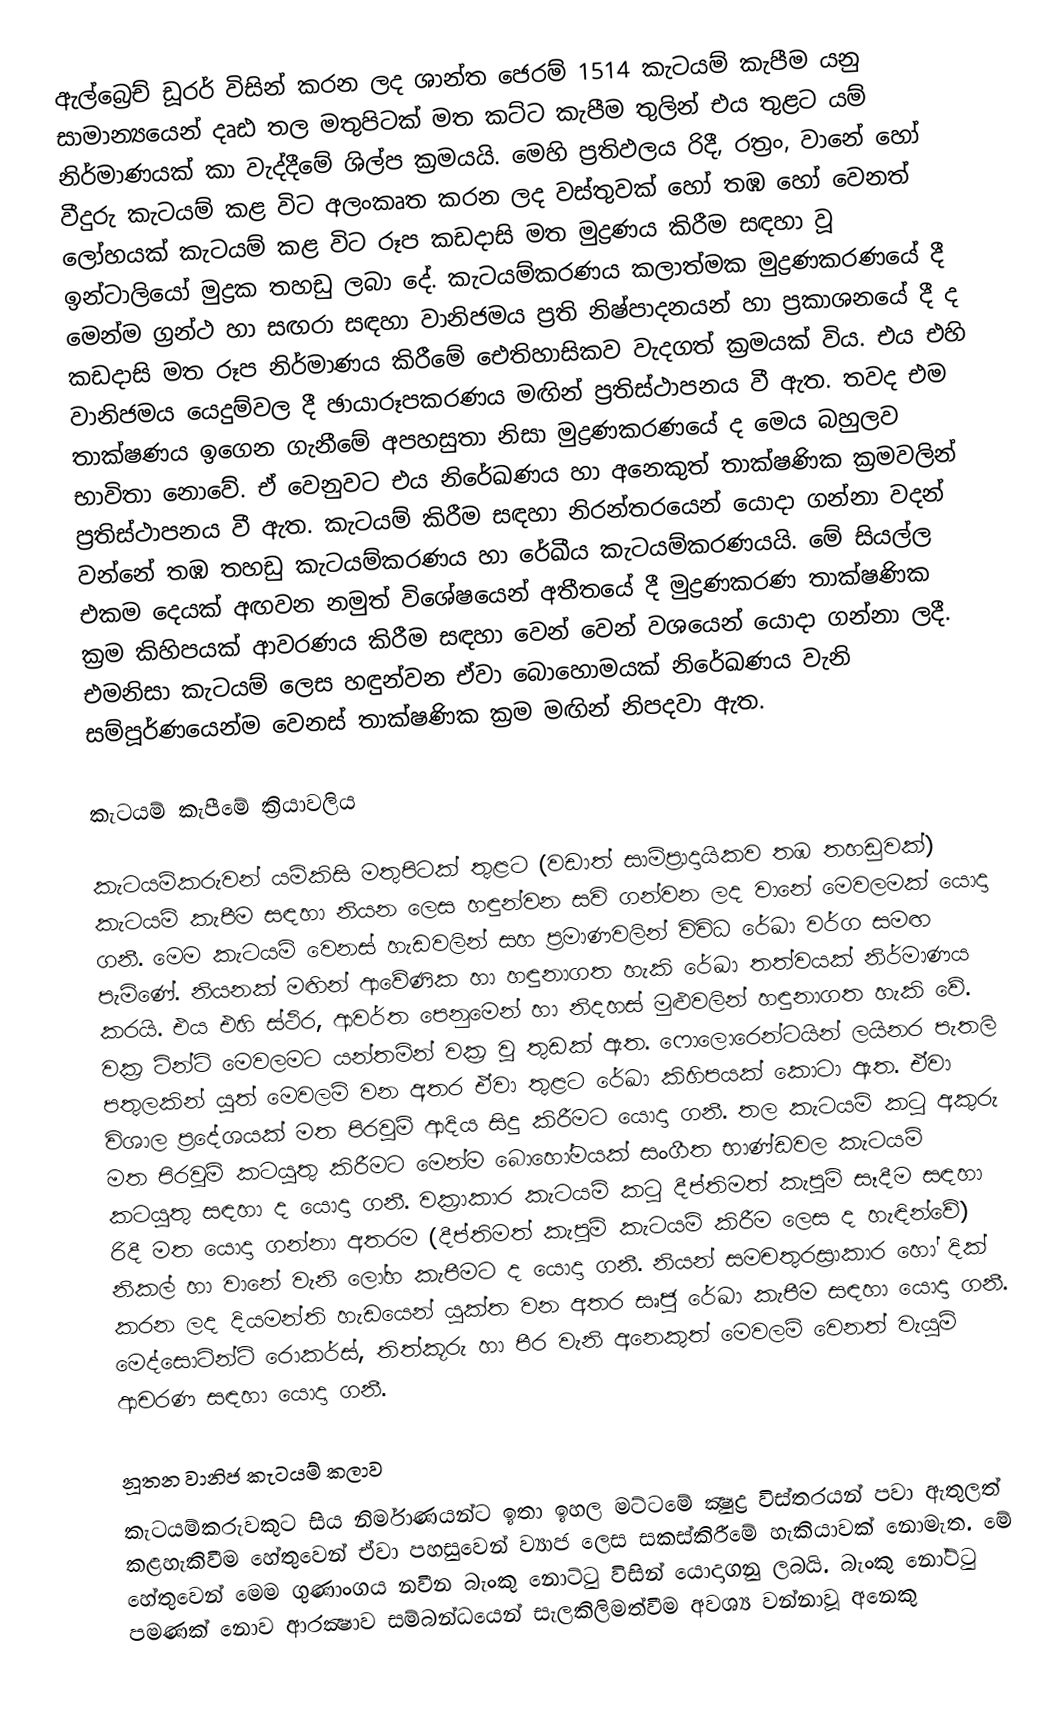
ඇල්බ්‍රෙච් ඩූරර් විසින් කරන ලද ශාන්ත ජෙරම් 1514  කැටයම් කැපීම යනු සාමාන්‍යයෙන් දෘඪ තල මතුපිටක් මත කට්ට කැපීම තුලින් එය තුළට යම් නිර්මාණයක් කා වැද්දීමේ ශිල්ප ක්‍රමයයි. මෙහි ප්‍රතිඵලය රිදී, රත්‍රං, වානේ හෝ වීදුරු කැටයම් කළ විට අලංකෘත කරන ලද වස්තුවක් හෝ තඹ හෝ වෙනත් ලෝහයක් කැටයම් කළ විට රූප කඩදාසි මත මුද්‍රණය කිරීම සඳහා වූ ඉන්ටාලියෝ මුද්‍රක තහඩු ලබා දේ. කැටයම්කරණය කලාත්මක මුද්‍රණකරණයේ දී මෙන්ම ග්‍රන්ථ හා සඟරා සඳහා වානිජමය ප්‍රති නිෂ්පාදනයන් හා ප්‍රකාශනයේ දී ද කඩදාසි මත රූප නිර්මාණය කිරීමේ ඓතිහාසිකව වැදගත් ක්‍රමයක් විය. එය එහි වානිජමය යෙදුම්වල දී ඡායාරූපකරණය මඟින් ප්‍රතිස්ථාපනය වී ඇත. තවද එම තාක්ෂණය ඉගෙන ගැනීමේ අපහසුතා නිසා මුද්‍රණකරණයේ ද මෙය බහුලව භාවිතා නොවේ. ඒ වෙනුවට එය නිරේඛණය හා අනෙකුත් තාක්ෂණික ක්‍රමවලින් ප්‍රතිස්ථාපනය වී ඇත. කැටයම් කිරීම සඳහා නිරන්තරයෙන් යොදා ගන්නා වදන් වන්නේ තඹ තහඩු කැටයම්කරණය හා රේඛීය කැටයම්කරණයයි. මේ සියල්ල එකම දෙයක් අඟවන නමුත් විශේෂයෙන් අතීතයේ දී මුද්‍රණකරණ තාක්ෂණික ක්‍රම කිහිපයක් ආවරණය කිරීම සඳහා වෙන් වෙන් වශයෙන් යොදා ගන්නා ලදී. එමනිසා කැටයම් ලෙස හඳුන්වන ඒවා බොහොමයක් නිරේඛණය වැනි සම්පූර්ණයෙන්ම වෙනස් තාක්ෂණික ක්‍රම මඟින් නිපදවා ඇත.

කැටයම් කැපීමේ ක්‍රියාවලිය

කැටයම්කරුවන් යම්කිසි මතුපිටක් තුළට (වඩාත් සාම්ප්‍රාදායිකව තඹ තහඩුවක්) කැටයම් කැපීම සඳහා නියන ලෙස හඳුන්වන සවි ගන්වන ලද වානේ මෙවලමක් යොදා ගනී. මෙම කැටයම් වෙනස් හැඩවලින් සහ ප්‍රමාණවලින් විවිධ රේඛා වර්ග සමඟ පැමිණේ. නියනක් මඟින් ආවේණික හා හඳුනාගත හැකි රේඛා තත්වයක් නිර්මාණය කරයි. එය එහි ස්ථිර, ආවර්ත පෙනුමෙන් හා නිදහස් මුළුවලින් හඳුනාගත හැකි වේ. වක්‍ර ටින්ට් මෙවලමට යන්තමින් වක්‍ර වූ තුඩක් ඇත. ෆොලොරෙන්ටයින් ලයිනර පැතලි පතුලකින් යුත් මෙවලම් වන අතර ඒවා තුළට රේඛා කිහිපයක් කොටා ඇත. ඒවා විශාල ප්‍රදේශයක් මත පිරවුම් ආදිය සිදු කිරීමට යොදා ගනී. තල කැටයම් කටු අකුරු මත පිරවුම් කටයුතු කිරීමට මෙන්ම බොහෝමයක් සංගීත භාණ්ඩවල කැටයම් කටයුතු සඳහා ද යොදා ගනී. වක්‍රාකාර කැටයම් කටු දීප්තිමත් කැපුම් සෑදීම සඳහා රිදී මත යොදා ගන්නා අතරම (දීප්තිමත් කැපුම් කැටයම් කිරීම ලෙස ද හැඳින්වේ) නිකල් හා වානේ වැනි ලෝහ කැපීමට ද යොදා ගනී. නියන් සමචතුරස්‍රාකාර හෝ දික් කරන ලද දියමන්ති හැඩයෙන් යුක්ත වන අතර සෘජු රේඛා කැපීම සඳහා යොදා ගනී. මෙද්සොටින්ට් රොකර්ස්, තිත්කූරු හා පීර වැනි අනෙකුත් මෙවලම් වෙනත් වැයුම් ආචරණ සඳහා යොදා ගනී.

නූතන වානිජ කැටයම් කලාව
කැටයම්කරුවකුට සිය නිර්මාණයන්ට ඉතා ඉහල මට්ටමේ ක්‍ෂුද්‍ර විස්තරයන් පවා ඇතුලත් කළහැකිවීම හේතුවෙන් ඒවා පහසුවෙන් ව්‍යාජ ලෙස සකස්කිරීමේ හැකියාවක් නොමැත. මේ හේතුවෙන් මෙම ගුණාංගය නවීන බැංකු නොට්ටු විසින් යොදාගනු ලබයි. බැංකු නෝට්ටු පමණක් නොව ආරක්‍ෂාව සම්බන්ධයෙන් සැලකිලිමත්වීම අවශ්‍ය වන්නාවූ අනෙකු